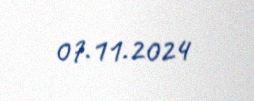
07.11.2024